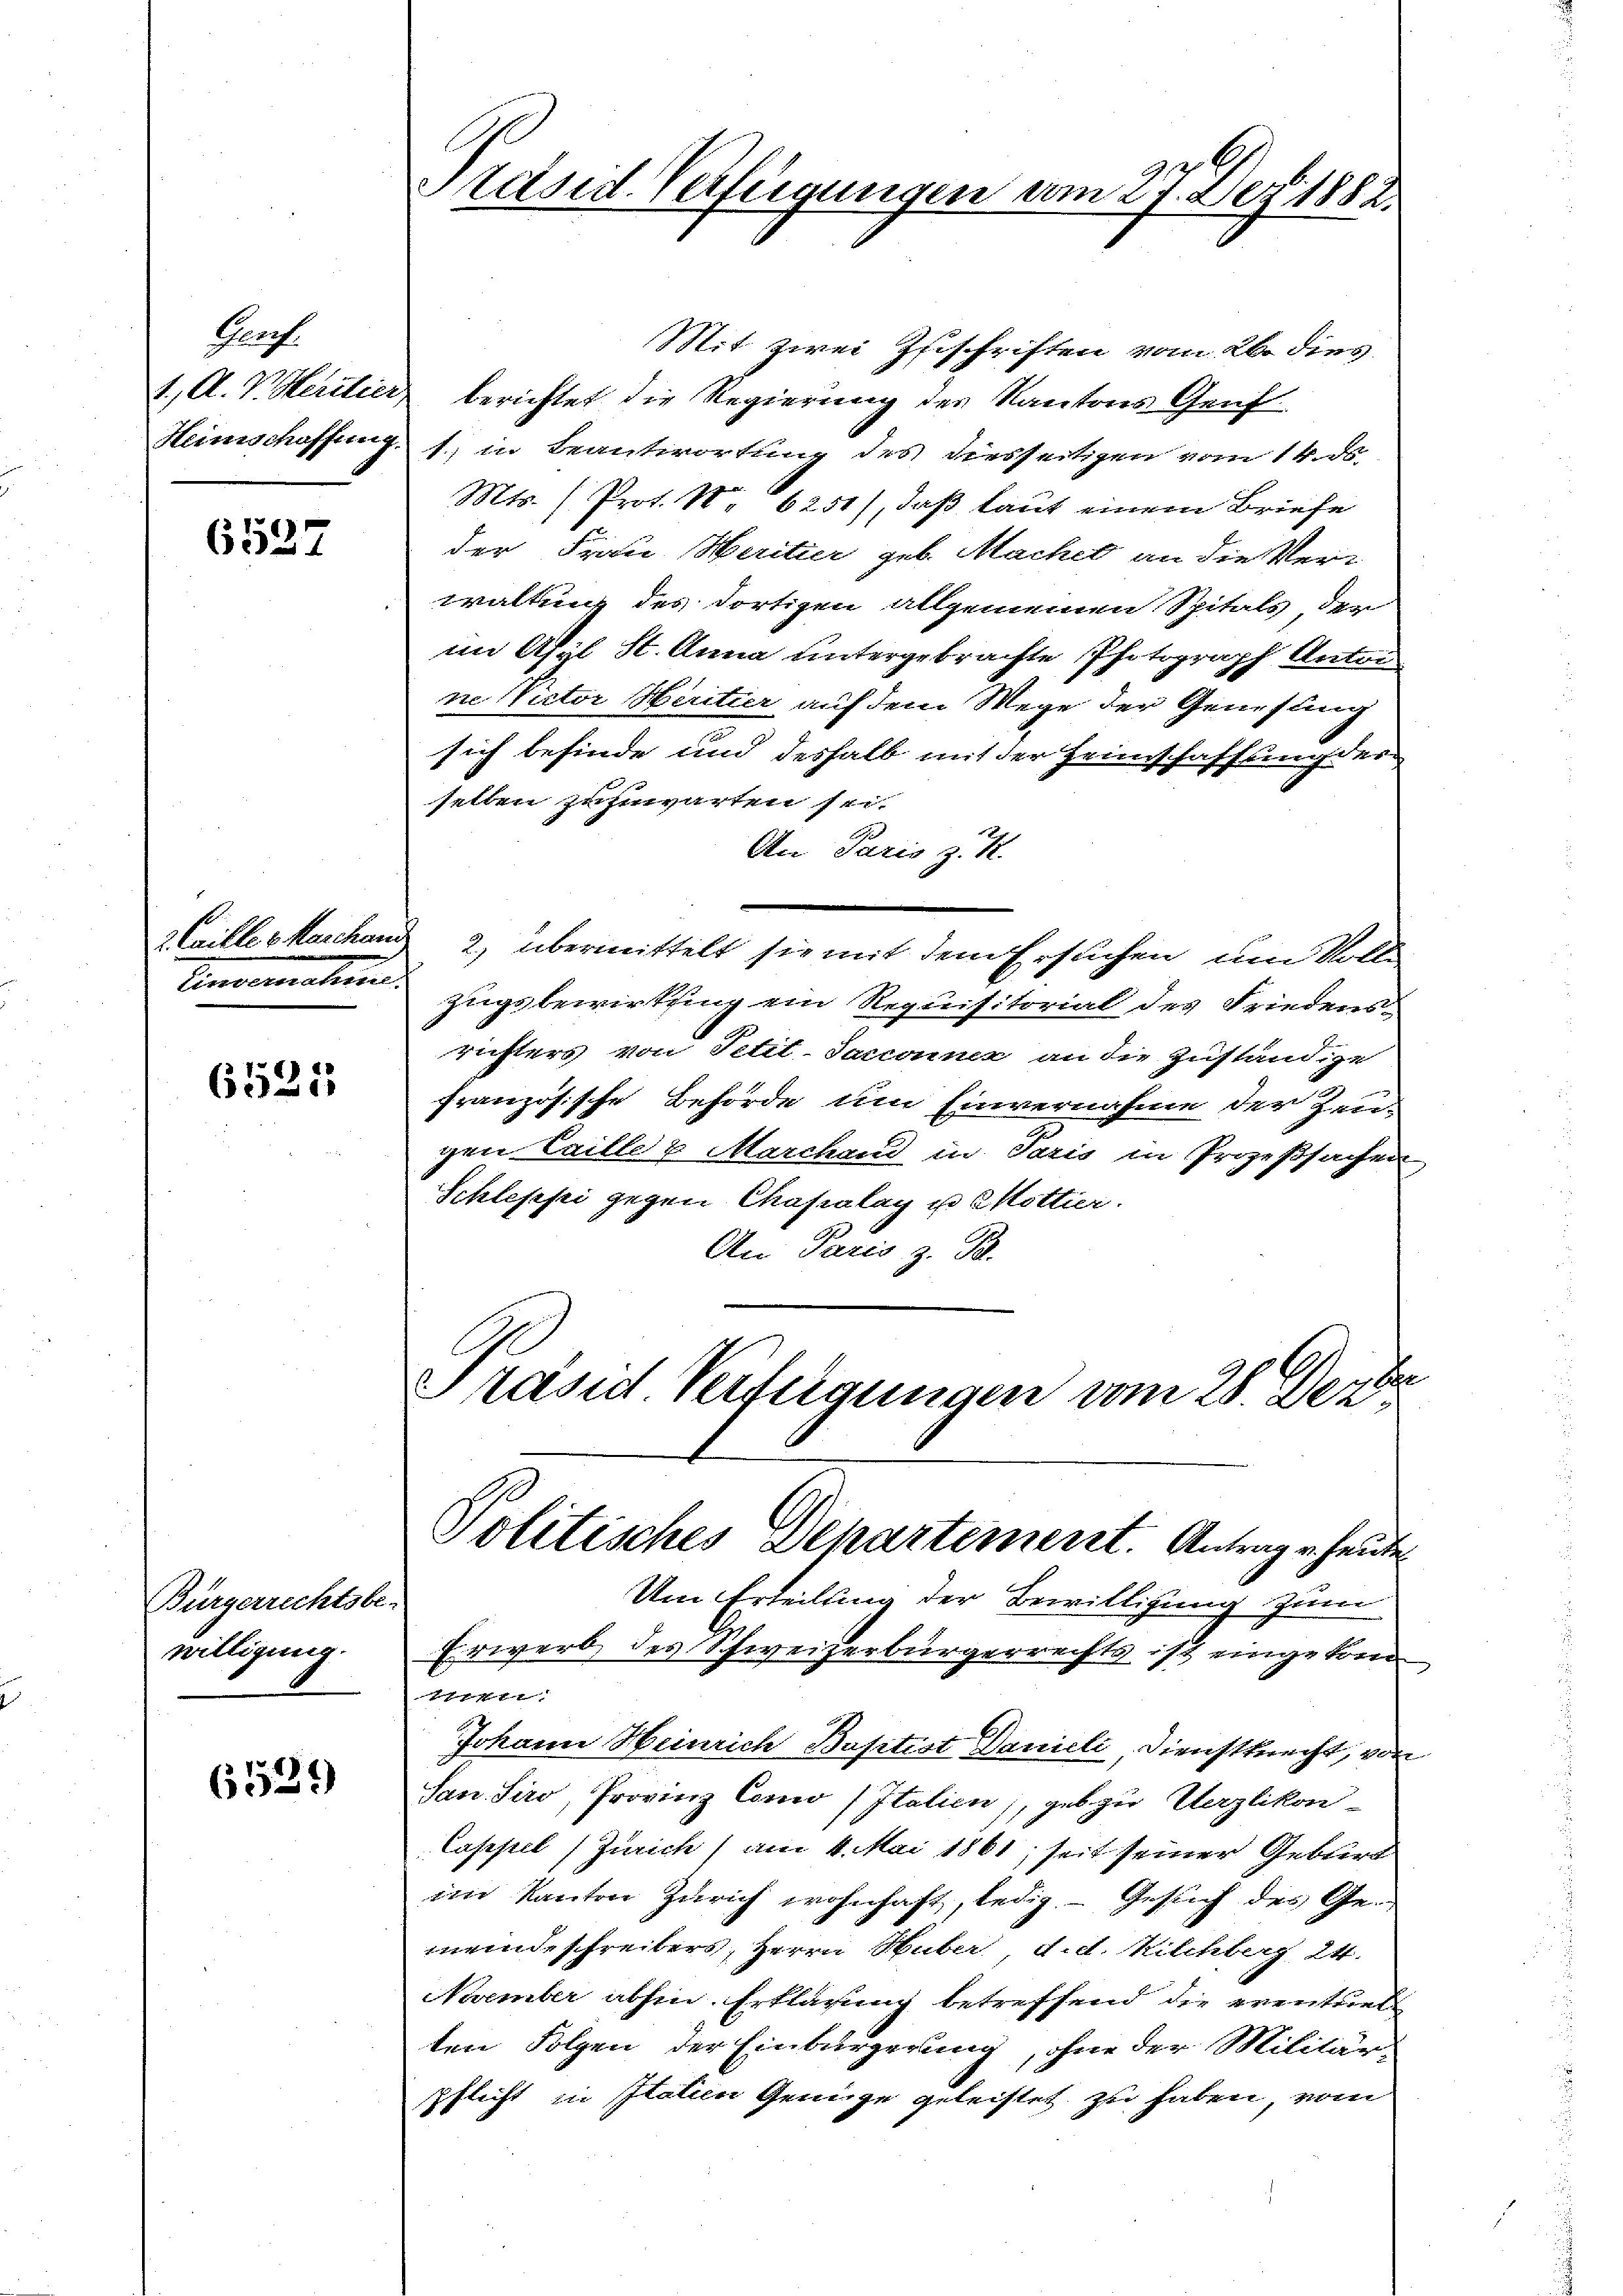
1, A. V. Heritier,
Heimschaffung.

Gerch.

6527

2 Caikte v. Marchan
Linderaturen.

6521

Bürgerrechtsbewilligung.

6521)

Sasid Verfügungen vom 27. Dez. 1882.

Politisches Departement. Antrag u. heute

Mit zwei Zuschriften vom 26. dies
berichtet die Regierung der Kantons Genf
t; in Beantwortung des diesseitigen vom 14. ds.
Mtr. (Prot. N. 6251), daß laut einem Briefe
der Frau Meritier geb. Machet an die Ver-
waltung des dortigen allgemeinen Spitals, der
im Ahrl St. Anna untergebrachte Photograph Antei
ne Victor Hiritier auf dem Wege der Genesung
sich befinde und deshalb mit der Heimschaffung der
selben zuzuwarten sei.
An Paris z. R.
2), übermittelt sie mit dem Ersuchen um Voll
zugsbewirkung ein Requisitorial des Friedens-
richters von Petit-Saccounx an die zuständige
französische Behörde um Einvernahme der Zeu-
gen Caille u Marchand in Paris in Prozeßsachen
Schleppi gegen Chasialag u. 2 Kottier.
An Paris z. B.
e
Präsid. Verfügungen vom 28. Dez.

Um Erteilung der Bewilligung zum
Erwerb des Schweizerbürgerrechts ist eingekom
 Ich hoff hat
Jokann Heinrich Baptist Danieli, Dienstknecht, von
San Siro, Provinz Como Italien, geb zu Uazlikon-
Cascheel (Zürich am 4. Mai 1861, seit seiner Geburt
im Kanton Zürich wohnhaft, ledig. - Gesuch des Ge-
meindeschreibers, Herrn Huber d. d. Kilchberg, 24.
November abhin Erklärung betreffend die eventuel
ten Folgen der Einbürgerung, ohne der Militärpflicht in Italien Genüge geleistet zu haben, vom
.